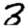
Digit: 3